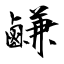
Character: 鹻